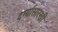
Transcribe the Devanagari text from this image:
दर्ग्यासारखी